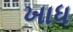
ખાધ